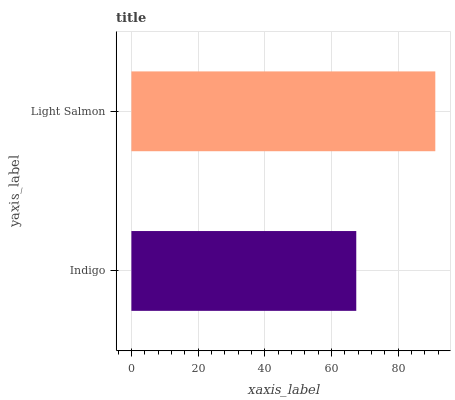
| yaxis_label | bars |
 | --- | --- |
 | Indigo | 67.4 |
 | Light Salmon | 91.1 |